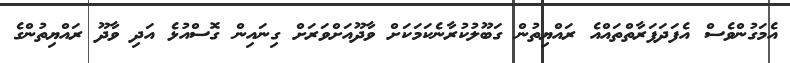
އެމަގުންވެސް އެފަދަފަރާތްތައްއެ ރައްޔިތުން ގަބޫލުކުރާނެކަމަކަށް ވާދޫއަށްވަރަށް ގިނައިން ގޮސްއުޅެ އަދި ވާދޫ ރައްޔިތުންގެ